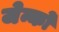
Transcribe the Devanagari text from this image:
जेन्को